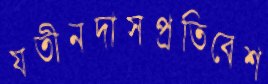
যতীনদাসপ্রতিবেশ